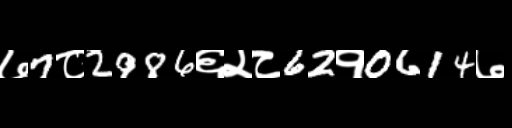
Text: ७7८2986६२८62१0614७